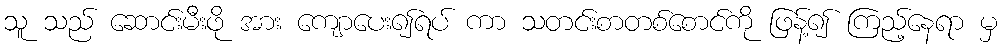
သူ သည် ဆောင်းမီးဖို အား ကျောပေး၍ရပ် ကာ သတင်းစာတစ်စောင်ကို ဖြန့်၍ ကြည့်နေရာ မှ